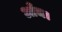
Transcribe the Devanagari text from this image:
आँच।